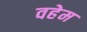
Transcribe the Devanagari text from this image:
वहेम